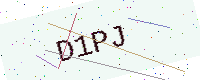
Text: D1PJ